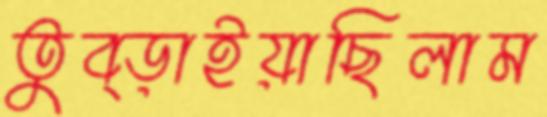
তুব্‌ড়াইয়াছিলাম